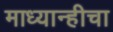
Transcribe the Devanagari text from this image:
माध्यान्हीचा